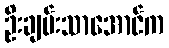
ဦးချမ်းသာအောင်က